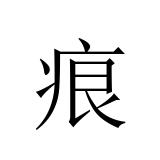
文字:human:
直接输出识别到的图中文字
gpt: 痕